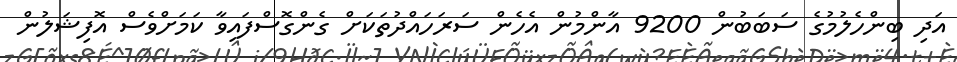
އަދި ބިންހެލުމުގެ ސަބަބުން 9200 އާންމުން އެހެން ސަރަހައްދުތަކަށް ގެންގޮސްފައިވާ ކަމަށްވެސް އޮފިޝަލުން